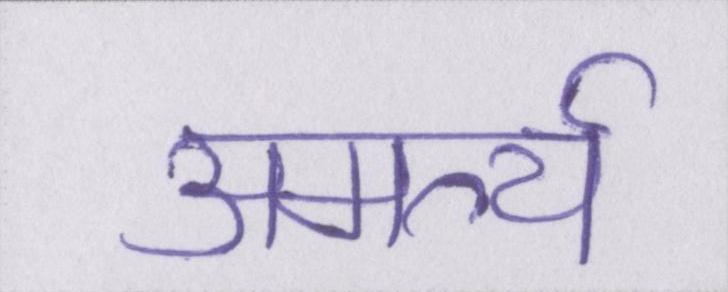
अमर्त्य